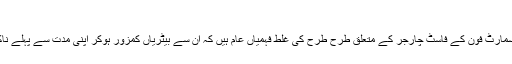
فاسٹ چارجر
پوری دنیا میں اسمارٹ فون کے فاسٹ چارجر کے متعلق طرح طرح کی غلط فہمیاں عام ہیں کہ ان سے بیٹریاں کمزور ہوکر اپنی مدت سے پہلے ناکارہ ہوجاتی ہیں۔